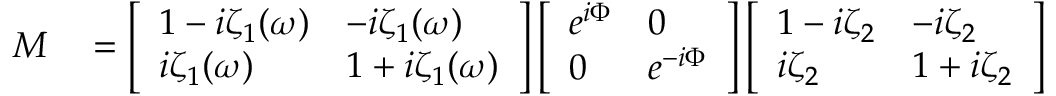
\begin{array} { r l } { M } & { { } = \left[ \begin{array} { l l } { 1 - i \zeta _ { 1 } ( \omega ) } & { - i \zeta _ { 1 } ( \omega ) } \\ { i \zeta _ { 1 } ( \omega ) } & { 1 + i \zeta _ { 1 } ( \omega ) } \end{array} \right] \left[ \begin{array} { l l } { e ^ { i \Phi } } & { 0 } \\ { 0 } & { e ^ { - i \Phi } } \end{array} \right] \left[ \begin{array} { l l } { 1 - i \zeta _ { 2 } } & { - i \zeta _ { 2 } } \\ { i \zeta _ { 2 } } & { 1 + i \zeta _ { 2 } } \end{array} \right] } \end{array}